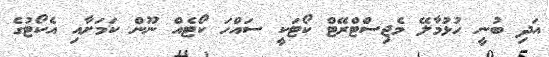
އަދި ބުނީ ހުޅުމާލޭ މެޖިސްޓްރޭޓް ކޯޓަކީ ސައްހަ ކޯޓެއް ނޫން ކަމަށާއި އެކޯޓުގެ